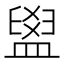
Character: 𥂞